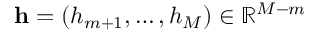
\mathbf { h } = ( h _ { m + 1 } , \hdots , h _ { M } ) \in \mathbb { R } ^ { M - m }